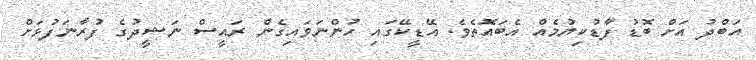
އަބްދު އަށް ބޮޑު ފާޑުކިޔުމެއް އެބައޮތެވެ. އޭޑީކޭގައި ހުންނަވައިގެން ރައީސް ނަޝީދުގެ ފުރާނަފުޅަށް